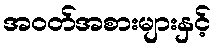
အဝတ်အစားများနှင့်